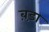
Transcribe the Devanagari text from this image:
ब़ड़ा